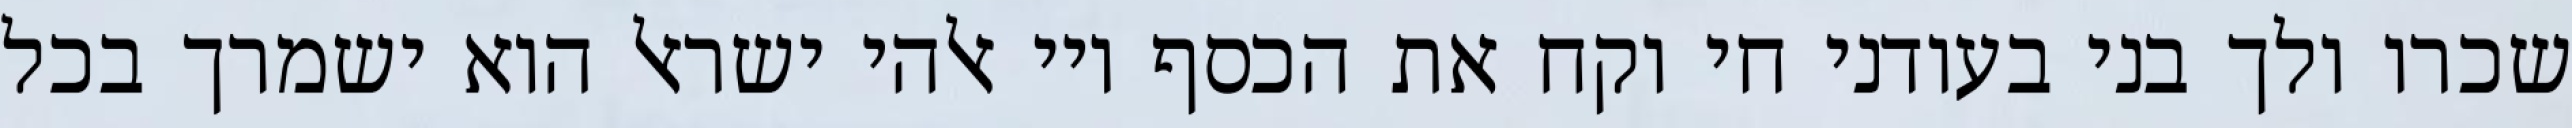
שכרו ולך בני בעודני חי וקח את הכסף ויי אלהי ישראל הוא ישמרך בכל